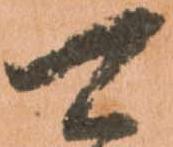
可